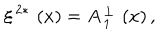
\xi ^ { \, 2 \ast } \, \left( x \right) = A _ { \, 1 } ^ { \, \perp } \, \left( x \right) ,